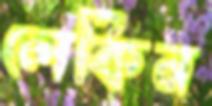
লেকিন